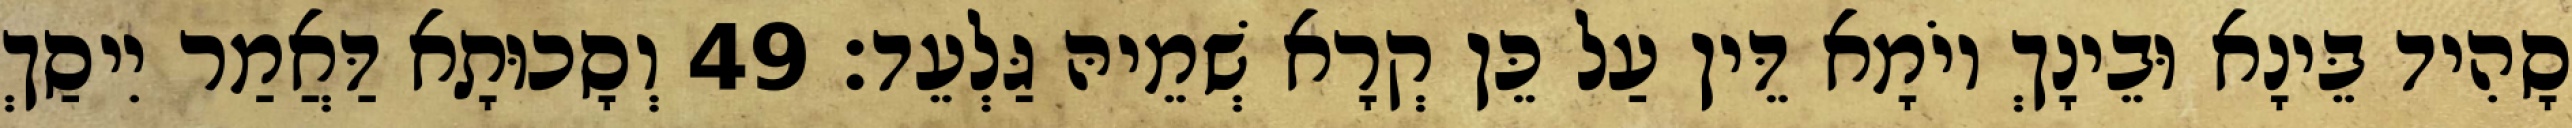
סָהִיד בֵּינָא וּבֵינָךְ יוֹמָא דֵּין עַל כֵּן קְרָא שְׁמֵיהּ גַּלְעֵד׃ 49 וְסָכוּתָא דַּאֲמַר יִיסַךְ